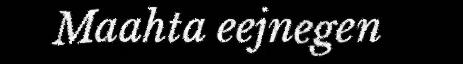
Maahta eejnegen